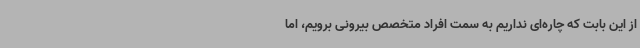
از این بابت که چاره‌ای نداریم به سمت افراد متخصص بیرونی برویم، اما